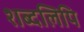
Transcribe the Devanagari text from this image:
शब्दलिपि